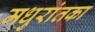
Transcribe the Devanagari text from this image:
मधुरांतका